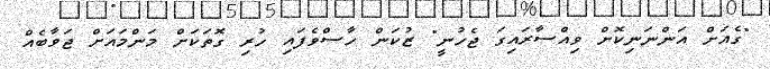
"ގެއަށް އަންނަނިކޮށް ވިއްސާރައިގަ ޖެހުނީ" ޒުކަން ހާސްވެފައި ހުރި ގޮތަކަށް މަންމައަށް ޖަވާބެއް